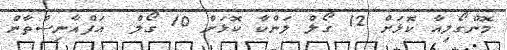
މޮންގޯލިއާ ކޮޅަށް 12 ގޯލް ލަންކާ ކޮޅަށް 10 ގޯލް  އަފްޣާނިސްތާން